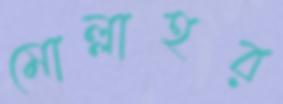
মোল্লাহর